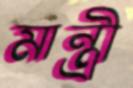
মান্ত্রী